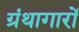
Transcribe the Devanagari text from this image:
ग्रंथागारों